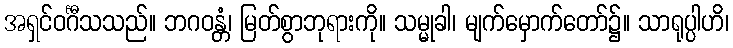
အရှင်ဝင်္ဂီသသည်။ ဘဂဝန္တံ၊ မြတ်စွာဘုရားကို။ သမ္မုခါ၊ မျက်မှောက်တော်၌။ သာရုပ္ပါဟိ၊